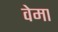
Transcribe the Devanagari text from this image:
वेमा